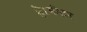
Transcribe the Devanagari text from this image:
है।मीटर